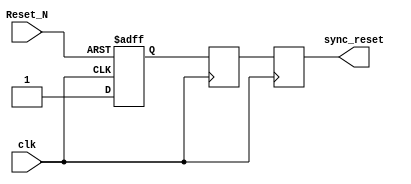
module async_reset_synchronizer (
    input wire clk,          // Clock input
    input wire Reset_N,      // Asynchronous active-low reset input
    output reg sync_reset    // Synchronized reset output
);

    // Internal signals for the flip-flops
    reg reset_ff1;          // First D flip-flop output
    reg reset_ff2;          // Second D flip-flop output

    // Always block to handle synchronization
    always @(posedge clk or negedge Reset_N) begin
        if (!Reset_N) begin
            reset_ff1 <= 1'b0; // Capture reset when Reset_N is low
        end else begin
            reset_ff1 <= 1'b1; // Release reset
        end
    end

    always @(posedge clk) begin
        reset_ff2 <= reset_ff1; // Transfer to second flip-flop
    end

    // Assign the synchronized reset output
    always @(posedge clk) begin
        sync_reset <= reset_ff2; // Output the synchronized reset signal
    end

endmodule